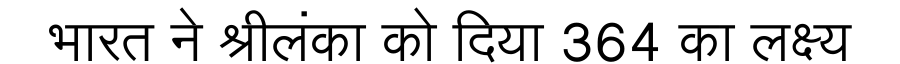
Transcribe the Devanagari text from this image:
भारत ने श्रीलंका को दिया 364 का लक्ष्य